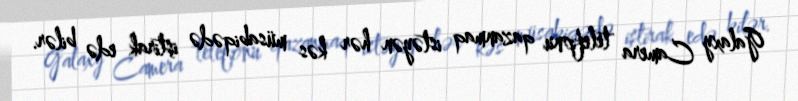
Galaxy Camera telefonu qazanmaq istəyən hər kəs müsabiqədə iştirak edə bilər.